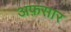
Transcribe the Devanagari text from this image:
अफ़सार